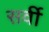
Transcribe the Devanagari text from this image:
सर्वी